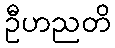
ဦဟညတိ